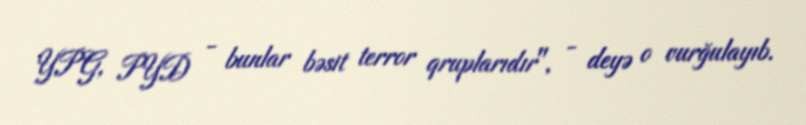
YPG, PYD - bunlar bəsit terror qruplarıdır", - deyə o vurğulayıb.